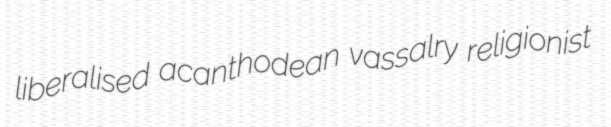
liberalised acanthodean vassalry religionist